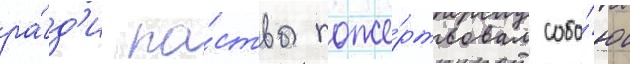
ра́д'и па́ствы поже́ртвовал собо́ю